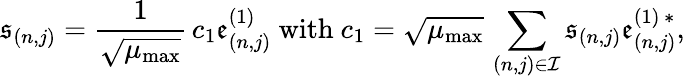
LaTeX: \mathfrak{s}_{(n,j)}=\frac{1}{\sqrt{\mu_{\mathrm{max}}}}\, c_{1}\mathfrak{e}_{(n,j)}^{(1)}\ \mathrm{with}\ c_{1}=\sqrt{\mu_{\mathrm{max}}}\, \sum_{(n,j)\in\mathcal{I}}\mathfrak{s}_{(n,j)}\mathfrak{e}_{(n,j)}^{(1)\, \ast},